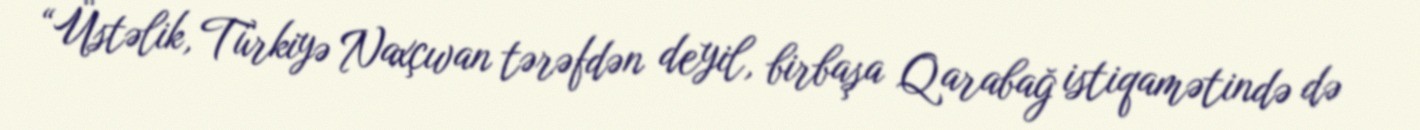
“Üstəlik, Türkiyə Naxçıvan tərəfdən deyil, birbaşa Qarabağ istiqamətində də